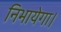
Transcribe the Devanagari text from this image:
निभायेगा।